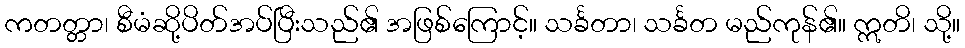
ကတတ္တာ၊ စီမံဆို့ပိတ်အပ်ပြီးသည်၏ အဖြစ်ကြောင့်။ သင်္ခတာ၊ သင်္ခတ မည်ကုန်၏။ ဣတိ၊ သို့။